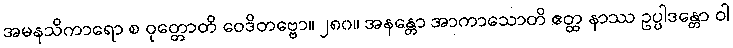
အမနသိကာရော စ ဝုတ္တောတိ ဝေဒိတဗ္ဗော။ ၂၈၀။ အနန္တော အာကာသောတိ ဧတ္ထ နာဿ ဥပ္ပါဒန္တော ဝါ